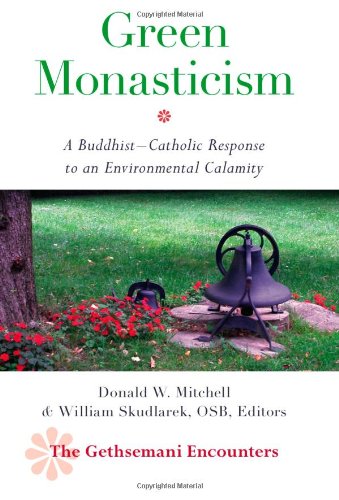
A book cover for Green Monasticism (Gethsemani Encounters) (The Gethsemani Encounters); Donald W. Mitchell; Christian Books & Bibles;